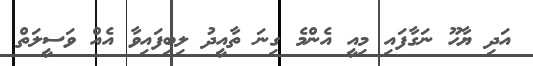
އަދި ޔާހޫ ނަގާފައި މިއީ އެންމެ ގިނަ ތާއީދު ލިބިފައިވާ އެއް ވަސީލަތް